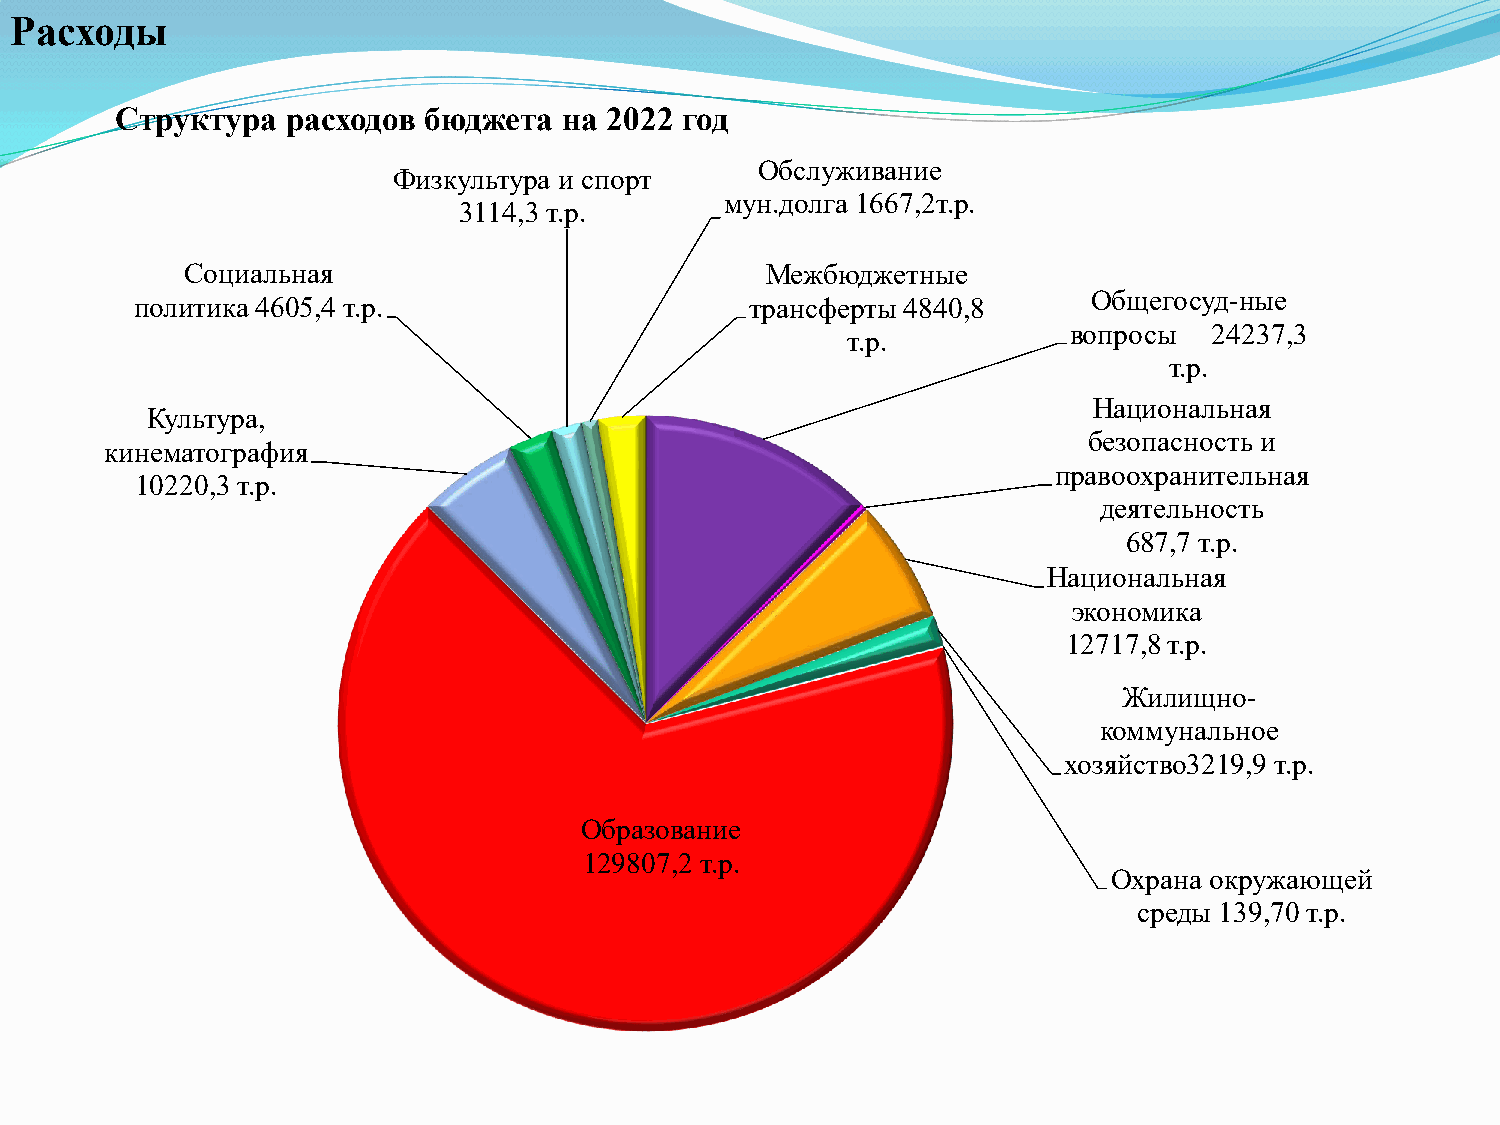
Расходы
 Структура  расходов бюджета  на 2022 год
 Обслуживание
 Физкультура и спорт
 мун.долга 1667,2т.р.
 3114,3 т.р.
 Социальная                             Межбюджетные
 Общегосуд-ные
 политика 4605,4 т.р.                     трансферты 4840,8
 вопросы  24237,3
 т.р.
 т.р.
 Национальная
 Культура,
 безопасность и
 кинематография
 правоохранительная
 10220,3 т.р.
 деятельность
 687,7 т.р.
 Национальная
 экономика
 12717,8 т.р.
 Жилищно-
 коммунальное
 хозяйство3219,9 т.р.
 Образование
 129807,2 т.р.
 Охрана окружающей
 среды 139,70 т.р.